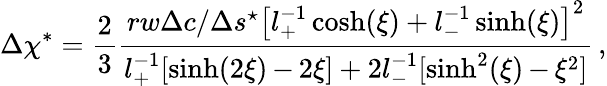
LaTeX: \Delta\chi^{*}=\frac{2}{3}\frac{rw\Delta c/\Delta s^{\star}\left[l_{+}^{-1}\cosh(\xi)+l_{-}^{-1}\sinh(\xi)\right]^{2}}{l_{+}^{-1}[\sinh(2\xi)\, {-}\, 2\xi]+2l_{-}^{-1}[\sinh^{2}(\xi)\, {-}\, \xi^{2}]}\, ,